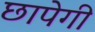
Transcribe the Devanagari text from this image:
छापेगी